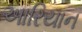
આરિયાન